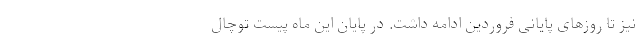
نیز تا روزهای پایانی فروردین ادامه داشت. در پایان این ماه پیست توچال